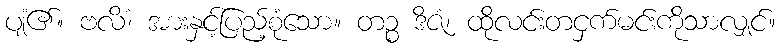
ပျံ၏။ ဗလိံ၊ အားနှင့်ပြည့်စုံသော။ တဉ္စ ဒိဇံ၊ ထိုလင်းတငှက်မင်းကိုသာလျှင်။